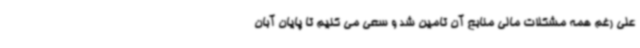
علی رغم همه مشکلات مالی منابع آن تامین شد و سعی می کنیم تا پایان آبان